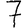
Digit: 7